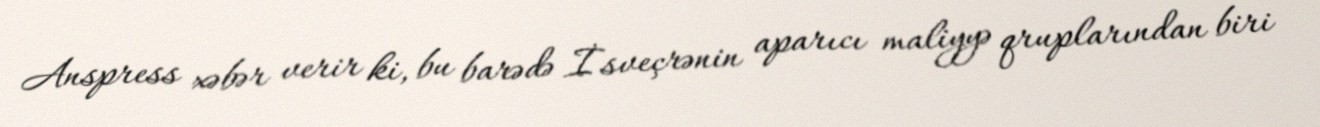
Anspress xəbər verir ki, bu barədə İsveçrənin aparıcı maliyyə qruplarından biri